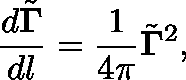
\frac { d \tilde { \mathbf { \Gamma } } } { d l } = \frac { 1 } { 4 \pi } \tilde { \mathbf { \Gamma } } ^ { 2 } ,